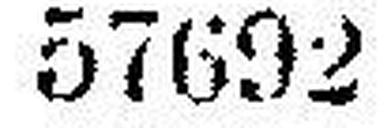
57692